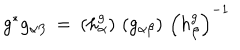
g ^ { * } g _ { \alpha \beta } \: = \: \left( h _ { \alpha } ^ { g } \right) \, \left( g _ { \alpha \beta } \right) \, \left( h _ { \beta } ^ { g } \right) ^ { - 1 }